Scottish Leaving Certificate Examination, 1952
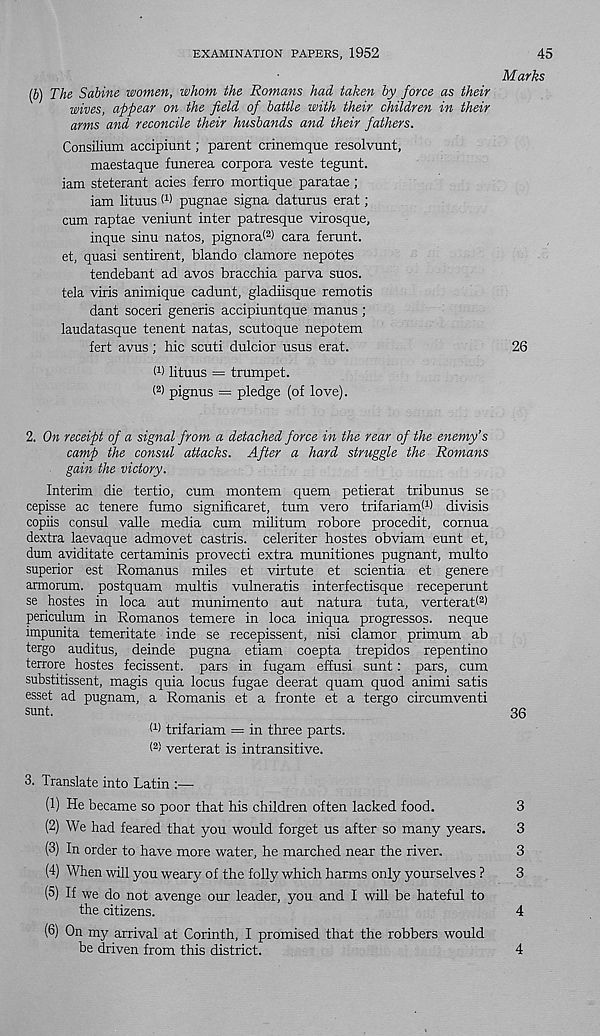
EXAMINATION PAPERS, 1952
45
Marks
(b) The Sabine women, whom the Romans had taken by force as their
wives, appear on the field of battle with their children in their
arms and reconcile their husbands and their fathers.
Consilium accipiunt; parent crinemque resolvunt,
maestaque funerea corpora veste tegunt.
iam steterant acies ferro mortique paratae ;
iam lituus M pugnae signa daturus erat;
cum raptae veniunt inter patresque virosque,
inque sinu natos, pignorai 2 ) cara ferunt.
et, quasi sentirent, blando clamore nepotes
tendebant ad avos bracchia parva suos.
tela viris animique cadunt, gladiisque remotis
dant soceri generis accipiuntque manus ;
laudatasque tenent natas, scutoque nepotem
fert avus; hie scuti dulcior usus erat.
26
W lituus = trumpet.
( 2 > pignus = pledge (of love).
2. On receipt of a signal from a detached force in the rear of the enemy’s
camp the consul attacks. After a hard struggle the Romans
gain the victory.
Interim die tertio, cum montem quem petierat tribunus se
cepisse ac tenere fumo significaret, turn vero trifariami 1 ) divisis
copiis consul valle media cum militum robore procedit, cornua
dextra laevaque admovet castris. celeriter hostes obviam eunt et,
dum aviditate certaminis provecti extra munitiones pugnant, multo
superior est Romanus miles et virtute et scientia et genere
armorum. postquam multis vulneratis interfectisque receperunt
se hostes in loca aut munimento aut natura tuta, verterab 2 )
periculum in Romanos temere in loca iniqua progressos. neque
impunita temeritate inde se recepissent, nisi clamor primum ab
tergo auditus, deinde pugna etiam coepta trepidos repentino
terrore hostes fecissent. pars in fugam effusi sunt: pars, cum
substitissent, magis quia locus fugae deerat quam quod animi satis
esset ad pugnam, a Romanis et a fronte et a tergo circumventi
sunt.
36
(1 ) trifariam = in three parts.
< 2 ' verterat is intransitive.
3. Translate into Latin :—
(1) He became so poor that his children often lacked food.
3
(2) We had feared that you would forget us after so many years.
3
(3) In order to have more water, he marched near the river.
3
(4) When will you weary of the folly which harms only yourselves ?
3
(5) If we do not avenge our leader, you and I will be hateful to
the citizens.
4
(6) On my arrival at Corinth, I p
be driven from this district.
4